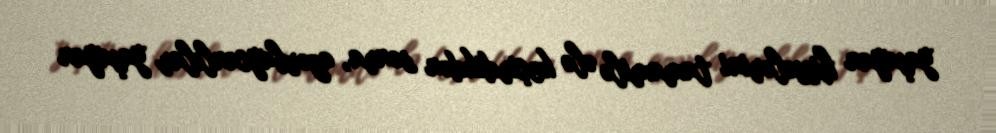
yaşayan hissələrini tamamilə ələ keçirdikdən sonra, azərbaycanlılar yaşayan